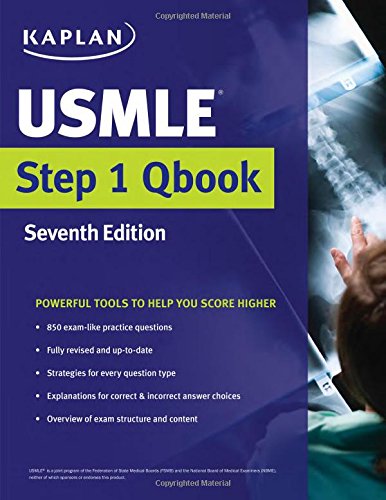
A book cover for USMLE Step 1 Qbook (USMLE Prep); Kaplan Medical; Test Preparation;